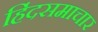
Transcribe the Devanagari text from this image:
हिंदसमाचार